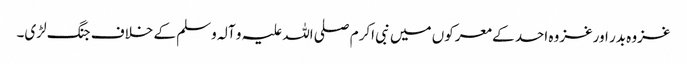
غزوہ بدر اورغزوہ احد کے معرکوں میں نبی اکرم صلی اللہ علیہ و آلہ وسلم کے خلاف جنگ لڑی۔